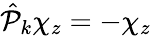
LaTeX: \hat{\mathcal P}_{k}\chi_{z}=-\chi_{z}